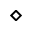
\diamond